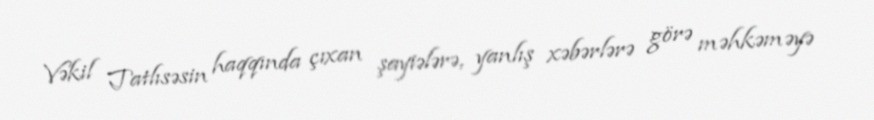
Vəkil Tatlısəsin haqqında çıxan şayiələrə, yanlış xəbərlərə görə məhkəməyə